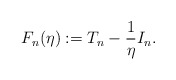
\begin{align*}F_n(\eta):=T_n-\frac{1}{\eta}I_n.\end{align*}